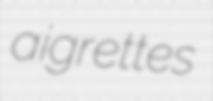
aigrettes